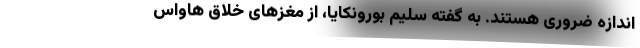
اندازه ضروری هستند. به گفته سلیم بورونکایا، از مغزهای خلاق هاواس